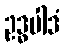
ဥဒ္ဓပါဒံ